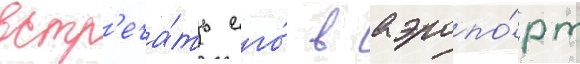
встр'еча́ть его́ в аэропо́рт